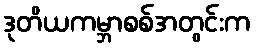
ဒုတိယကမ္ဘာစစ်အတွင်းက